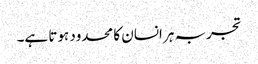
تجربہ ہر انسان کا محدود ہوتا ہے۔